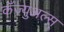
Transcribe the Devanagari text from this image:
कॅज्युअल्स्